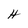
Character: H